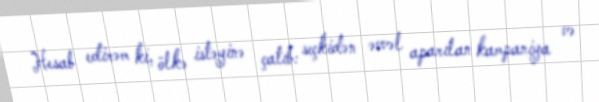
Hesab edirəm ki, ölkə istəyinə çatıb: seçkidən əvvəl aparılan kampaniya və